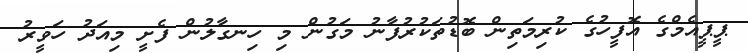
ޕީޕީއެމްގެ އޮފީހުގެ ކުރިމަތިން ބޮޑުތަކުރުފާނު މަގުން މި ހިނގާލުން ފެށީ މިއަދު ހަވީރު